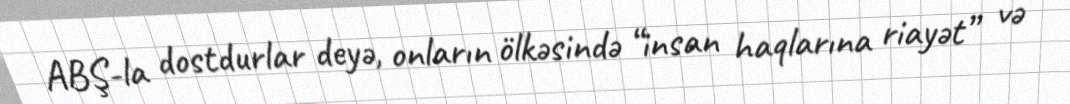
ABŞ-la dostdurlar deyə, onların ölkəsində “insan haqlarına riayət” və